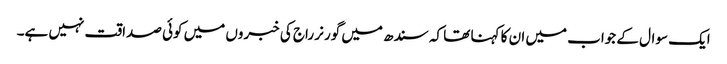
ایک سوال کے جواب میں ان کا کہنا تھا کہ سندھ میں گورنر راج کی خبروں میں کوئی صداقت نہیں ہے۔